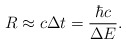
\begin{align*}R\approx c\Delta t=\frac{\hbar c}{\Delta E}.\end{align*}